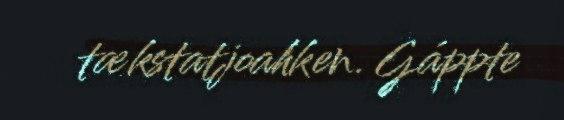
tækstatjoahken. Gáppte